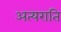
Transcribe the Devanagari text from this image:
अत्यराति